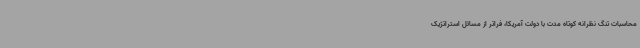
محاسبات تنگ نظرانه کوتاه مدت با دولت آمریکا، فراتر از مسائل استراتژیک